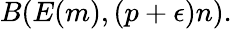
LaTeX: B(E(m),(p+\epsilon)n).